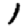
Digit: 1